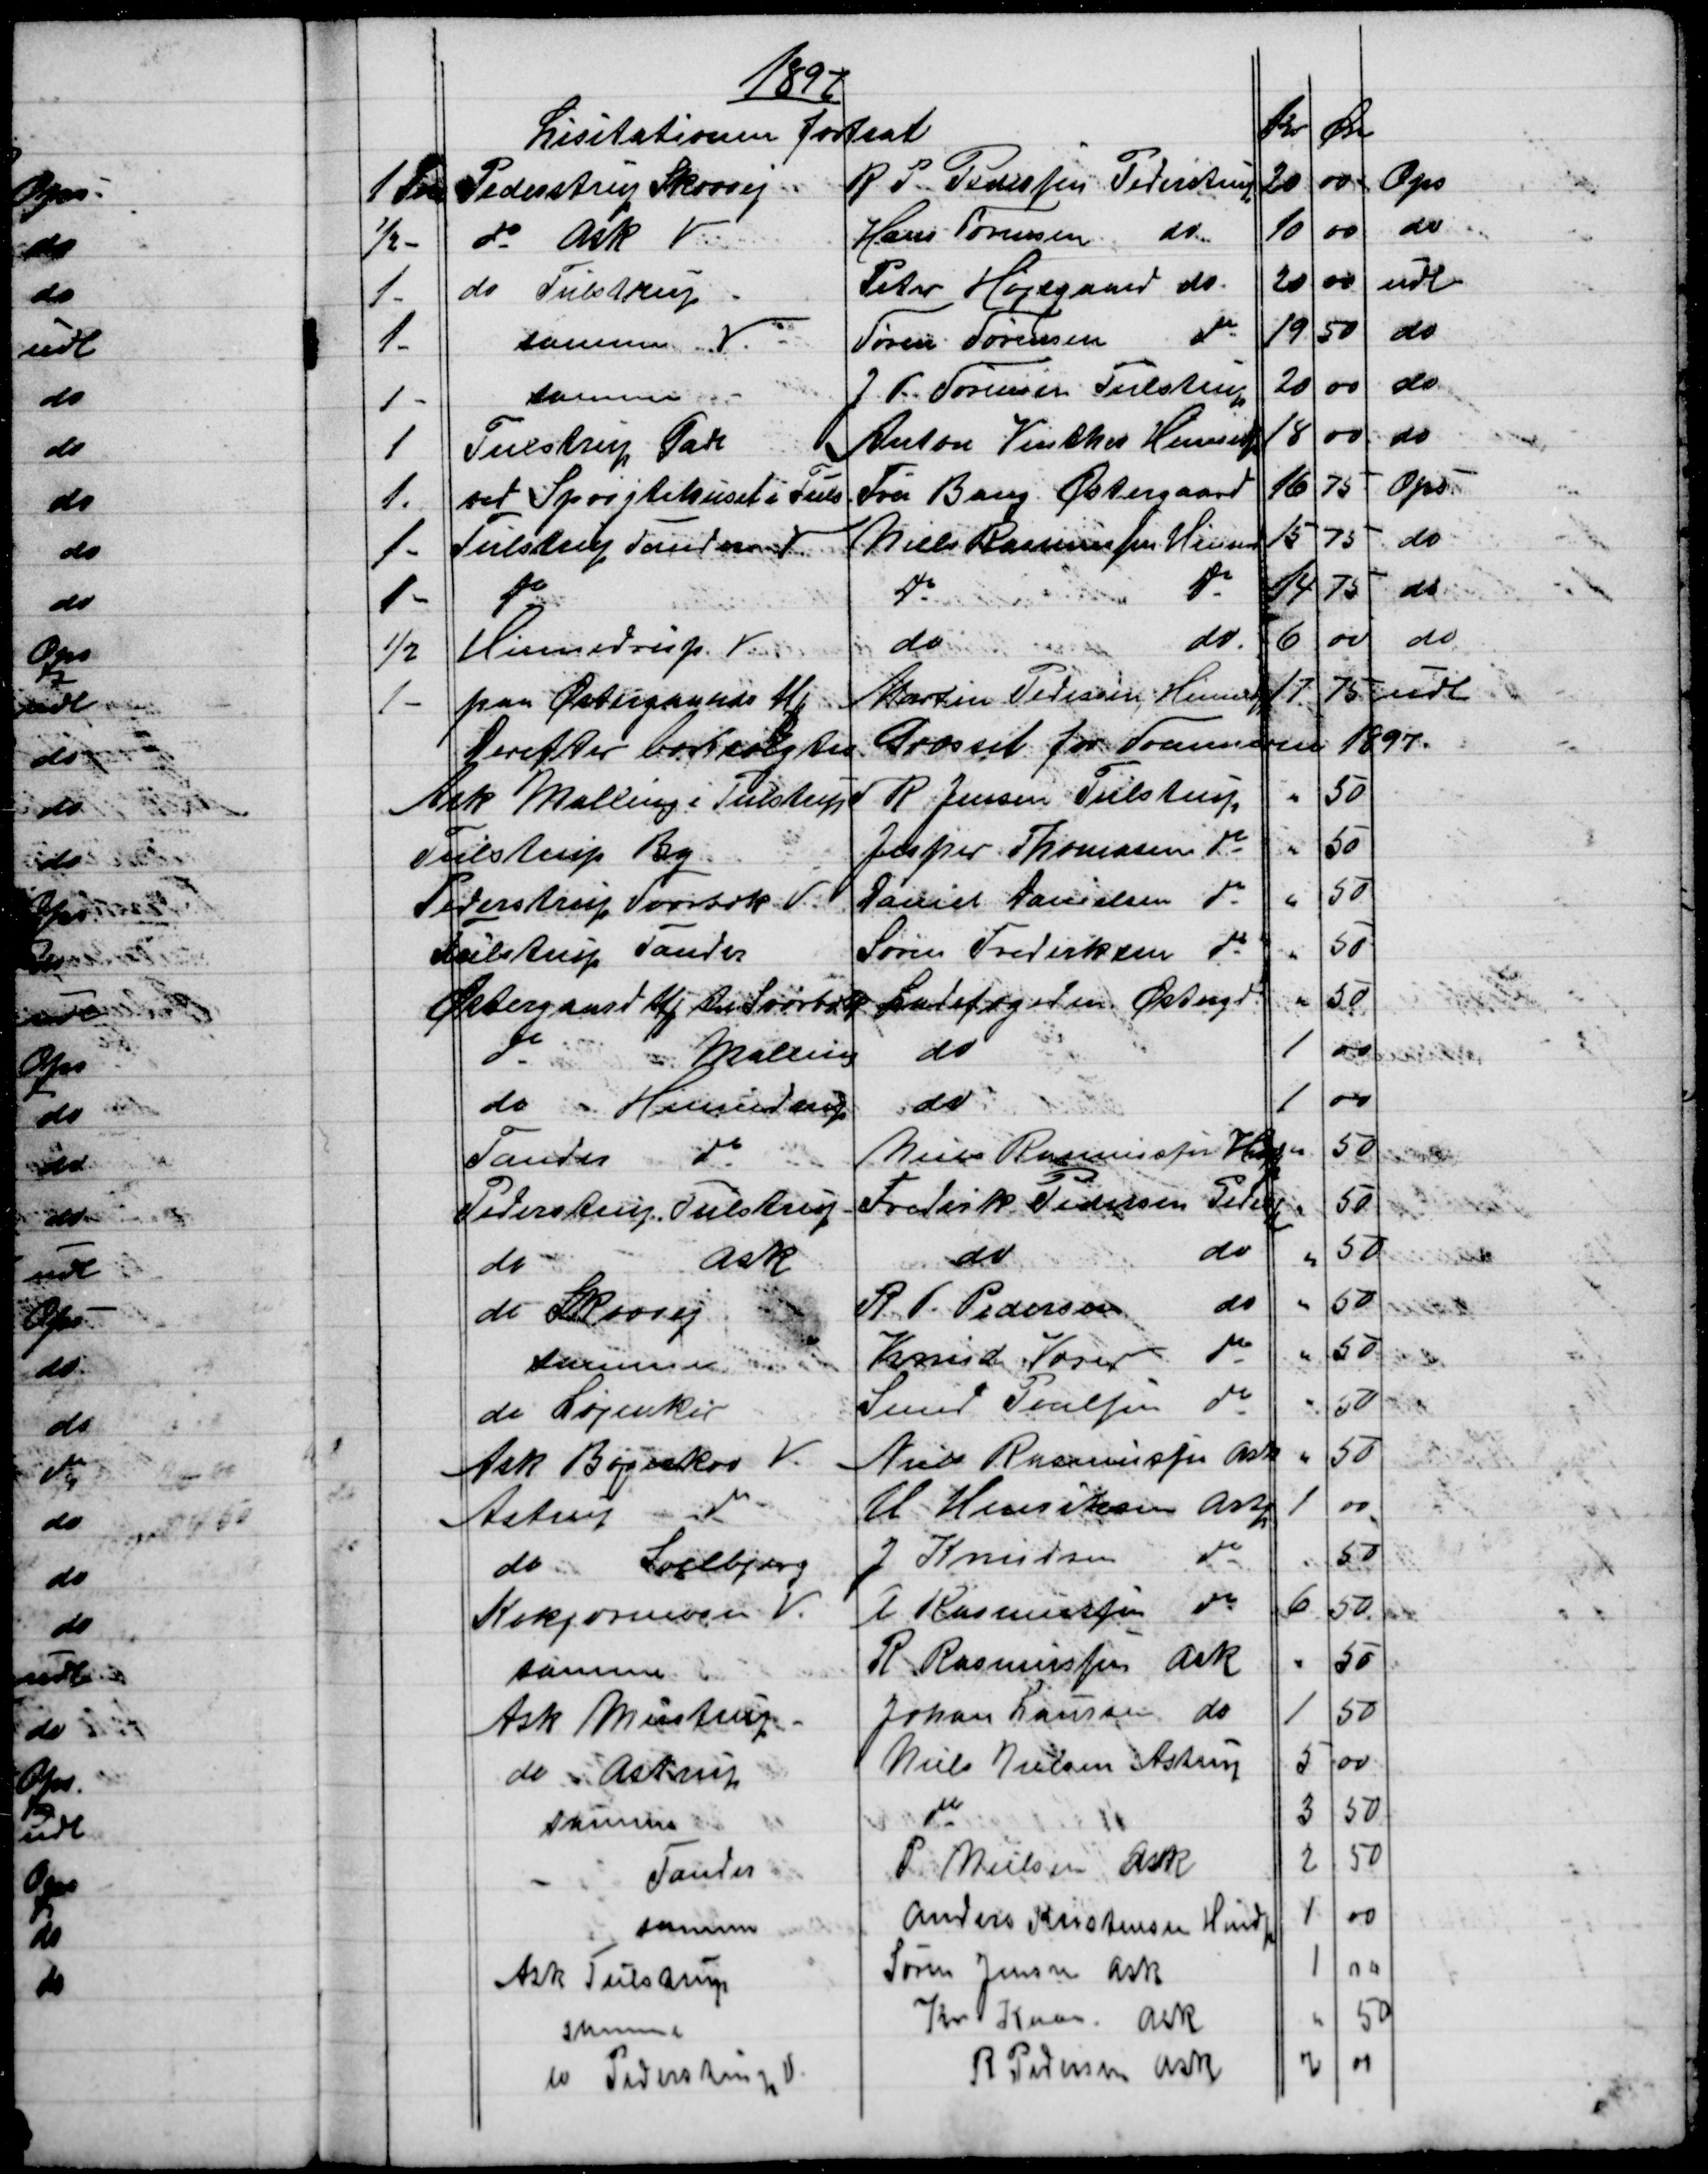
Transskription:
1897
Lisitationen fortsat
Kr.
Øre
1 Fvn
Pederstrup Skovvej.
R. P. Pedersen Pederstrup
20
00
Ops
½ -
do Ask V
Hans Sørensen 
do
10
00
do
1 -
do Tulstrup
Peter Højsgaard do
20
00
udl
1 -
samme V. 
Søren Sørensen
do
19
50
do
1 -
samme 
J. P. Sørensen Tulstrup
20
00
do
1
Tulstrup Gade
Anton Vinther Hinnedp
18
00
do
1.
ved Sprøjtehuset i Tuls
Fru Bang Østergaard
16
75
Ops
1 -
Tulstrup Tander V.
Niels Rasmussen Hinned
15
75
do
1 -
do
do
do
14
75
do
½
Hinnedrup V
do
do
6
00
do
1 -
paa Østergaards Mk.  
Martin Pedersen, Hinnedp
17
75
udl
Derefter bortsolgtes  Græsset for Sommeren 1897.
Ask Malling i Tulstrup
R. Jensen Tulstrup
"
50
Tulstrup By
Jesper Thomasen do
"
50
Pederstrup Svorbæk V.
Daniel Danielsen do
"
50
Tulstrup Tander
Søren Frederiksen do
"
50
Østergaard Mk til Svorbæk 
Ladefogeden Østergd.
"
50
do
Malling
do
1
00
do
Hinnedrup
do
1
00
Tander
do
Niels Rasmussen Hndp
"
50
Pederstrup, Tulstrup
Frederik Pedersen Pederstp
"
50
do
Ask
do
do
"
50
do Skovvej
R. P. Pedersen
do
"
50
samme
Knud Væver
do
"
50
do Løjenkær
Smed Poulsen
do
"
50
Ask Bøgeskov V. 
Niels Rasmussen
Ask
"
50
Astrup 
do 
H. Henriksen
Astp
1
00
do
Soelbjerg
J Knudsen
do
"
50
Kokjærmose V.
P Rasmussen
do
6
50
samme
R. Rasmussen
Ask
"
50
Ask Mustrup -
Johan Laursen
do
1
50
do Astrup
Niels Nielsen Astrup
5
00
samme
do
3
50
Tander
P. Nielsen Ask
2
50
samme
Anders Kristensen Hindp
1
00
Ask Tulstrup
Søren Jensen Ask
1
00
samme
Kr Kaae. Ask
"
50
do Pederstrup V
R Pedersen Ask
2
00